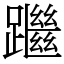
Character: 䠪